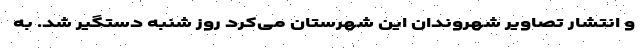
و انتشار تصاویر شهروندان این شهرستان می‌کرد روز شنبه دستگیر شد. به